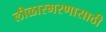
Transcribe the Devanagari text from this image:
लीळास्मरणासाठी